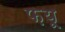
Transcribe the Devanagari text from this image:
फ़यू